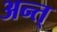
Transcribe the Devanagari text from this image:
अन्त्